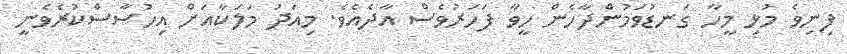
ފިނިވެ މުޅި މީހާ ގަނޑުވަމުންދާހެން ހީވާ ފަހަރުވެސް އާދެއެވެ. މިއަދު މަލަކާއަށް އިހުސާސްކުރެވެނީ